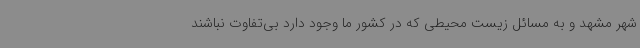
شهر مشهد و به مسائل زیست محیطی که در کشور ما وجود دارد بی‌تفاوت نباشند